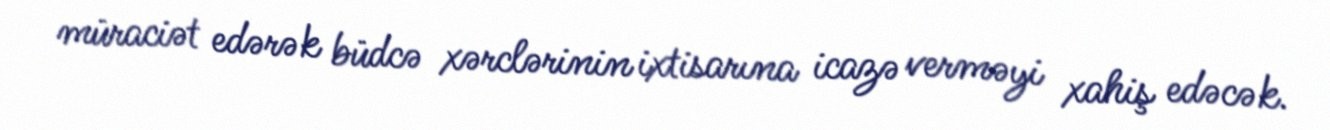
müraciət edərək büdcə xərclərinin ixtisarına icazə verməyi xahiş edəcək.